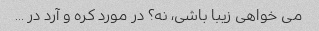
می خواهی زیبا باشی، نه؟ در مورد کره و آرد در ...